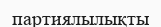
партиялылықты